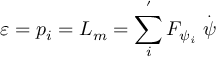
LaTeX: \varepsilon = p _ { i } = L _ { m } = \sum _ { i } ^ { ^ { \prime } } F _ { \psi _ { i } } \stackrel { . } { \psi }